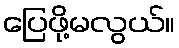
ပြေဖို့မလွယ်။